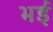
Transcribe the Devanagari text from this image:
भईं